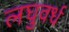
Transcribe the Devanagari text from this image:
लघुवर्ध